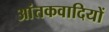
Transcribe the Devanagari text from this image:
आंतकवादियों